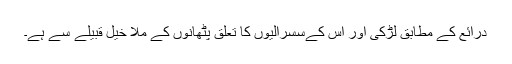
درائع کے مطابق لڑکی اور اس کےسسرالیوں کا تعلق پٹھانوں کے ملا خیل قبیلے سے ہے۔